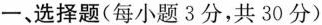
一、选择题(每小题3分，共30分)